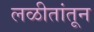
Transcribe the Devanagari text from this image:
लळीतांतून